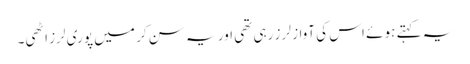
یہ کہتے ہو ئے اس کی آواز لر ز رہی تھی اور یہ سن کر میں پو ری لرز اٹھی۔